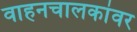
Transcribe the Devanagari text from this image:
वाहनचालकांवर